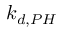
k _ { d , P H }